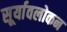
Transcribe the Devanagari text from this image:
सूर्यावलोकन